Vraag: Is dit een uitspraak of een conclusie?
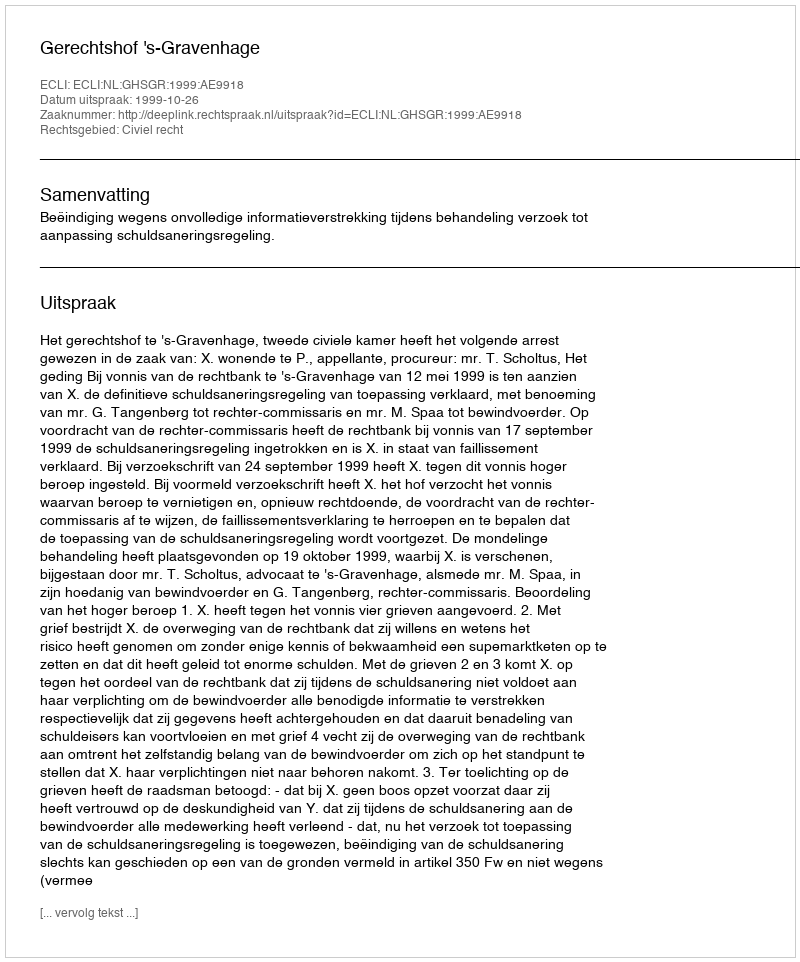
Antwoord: Uitspraak